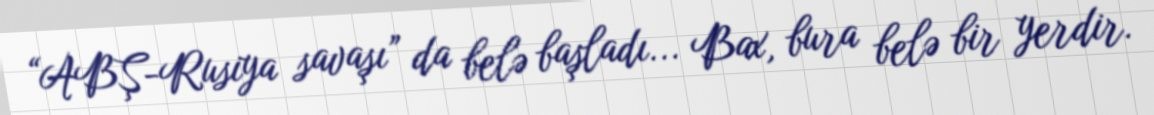
“ABŞ-Rusiya savaşı” da belə başladı... Bax, bura belə bir yerdir.